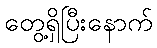
တွေ့ရှိပြီးနောက်